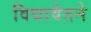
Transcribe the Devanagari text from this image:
विद्यावेतने